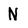
Character: N